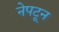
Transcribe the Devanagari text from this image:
नेपटून